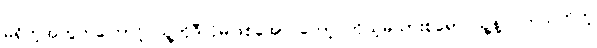
မရှိတဲ့အတွက်ကြောင့် သူ့ကိုဒီလိုမဖြစ်အောင်တော့ ကိုယ့်မိသားစုရော သူ့နဲ့ ပတ်သက်တဲ့